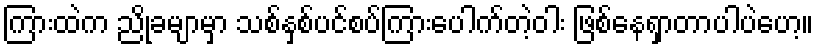
ကြားထဲက ညိုခမျာမှာ သစ်နှစ်ပင်စပ်ကြားပေါက်တဲ့ဝါး ဖြစ်နေရှာတာပါပဲဟေ့။